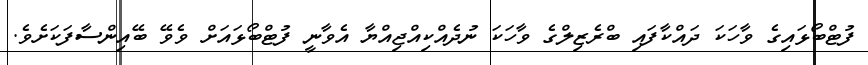
ފުޓްބޯޅައިގެ ވާހަކަ ދައްކާފައި ބްރެޒިލްގެ ވާހަކަ ނުދެއްކިއްޖިއްޔާ އެވާނީ ފުޓްބޯޅައަށް ވެވޭ ބޭއިންސާފަކަށެވެ.